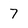
Character: 7